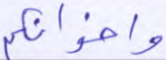
وإخوانكم